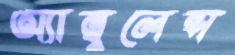
অ্যাম্বুলেন্স